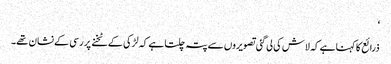
‘
ذرائع کا کہنا ہے کہ لاش کی لی گئی تصویروں سے پتہ چلتا ہے کہ لڑکی کےٹخنے پر رسی کے نشان تھے۔